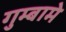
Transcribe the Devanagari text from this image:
गुम्बामे